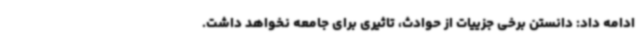
ادامه داد: دانستن برخی جزییات از حوادث، تاثیری برای جامعه نخواهد داشت.